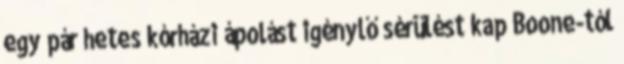
egy pár hetes kórházi ápolást igénylő sérülést kap Boone-tól